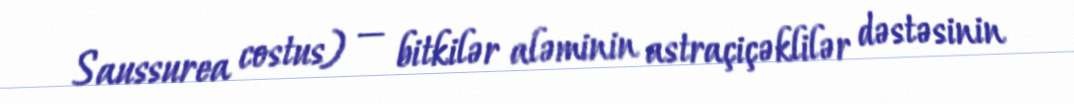
Saussurea costus) — bitkilər aləminin astraçiçəklilər dəstəsinin